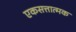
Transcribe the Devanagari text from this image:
एकसत्तात्मक